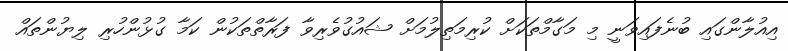
އިއުލާންގައި ބުނެފައިވަނީ މި މަގާމްތަކަށް ކުރިމަތިލުމަށް ޝައުުގުވެރިވާ ފަރާތްތަކުން ކަމާ ގުޅުންހުރި ލިޔުންތައް